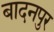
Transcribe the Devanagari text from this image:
बादनपुर